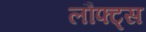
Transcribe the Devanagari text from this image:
लौफ्ट्स